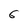
Character: 6